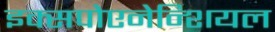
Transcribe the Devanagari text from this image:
इक्सपोएनेन्शियल